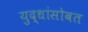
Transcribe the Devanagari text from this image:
युद्धांसोबत